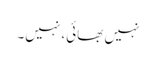
نہیں بھائی، نہیں۔